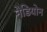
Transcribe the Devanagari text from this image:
नेडियोन